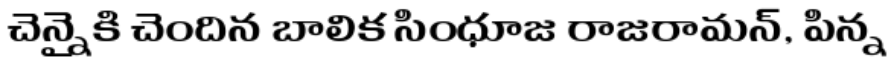
చెన్నైకి చెందిన బాలిక సింధూజ రాజరామన్, పిన్న